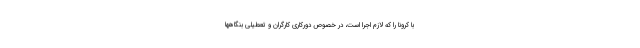
با کرونا را که لازم اجرا است، در خصوص دورکاری کارگران و تعطیلی بنگاهها